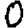
Digit: 0